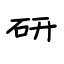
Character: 研